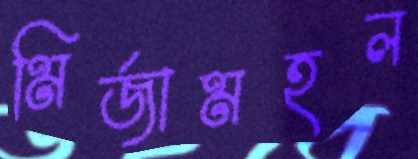
মির্জামহল